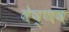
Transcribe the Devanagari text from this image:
वेष्णव